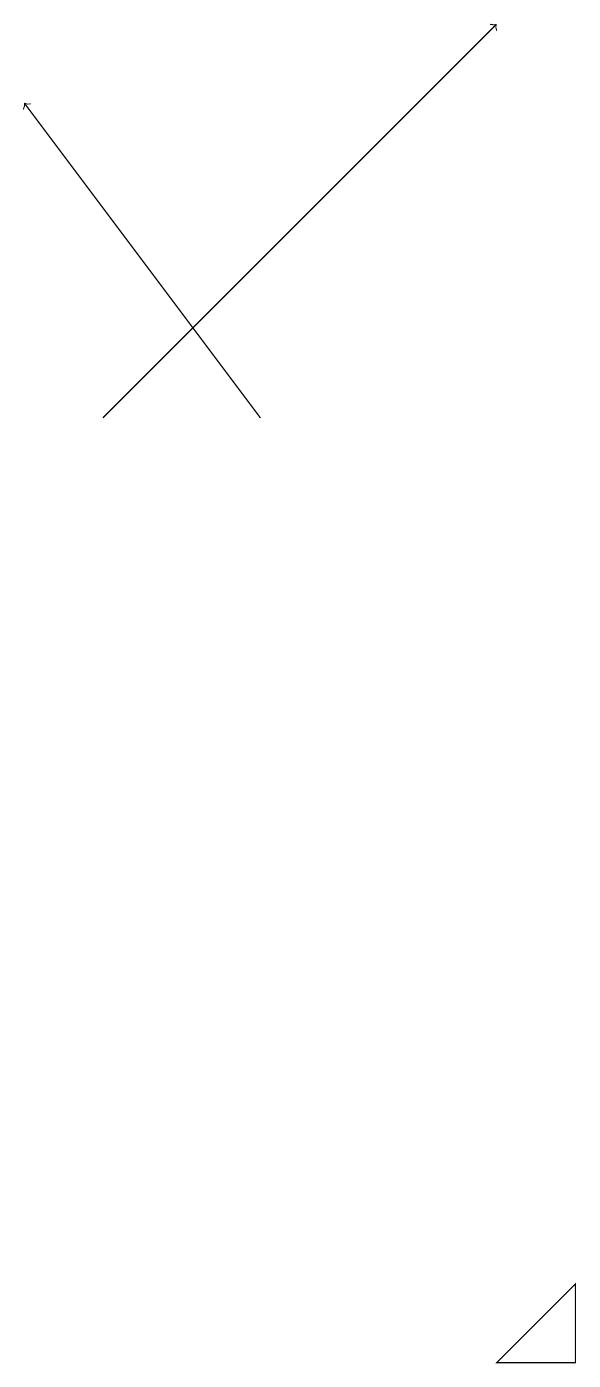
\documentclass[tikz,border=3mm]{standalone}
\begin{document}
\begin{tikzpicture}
\draw[->] (2,14) -- (7,19);
\draw (8,3) -- (8,2) -- (7,2) -- cycle;
\draw[->] (4,14) -- (1,18);
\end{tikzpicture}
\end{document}